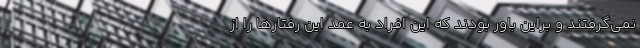
نمی‌گرفتند و براین باور بودند که این افراد به عمد این رفتارها را از